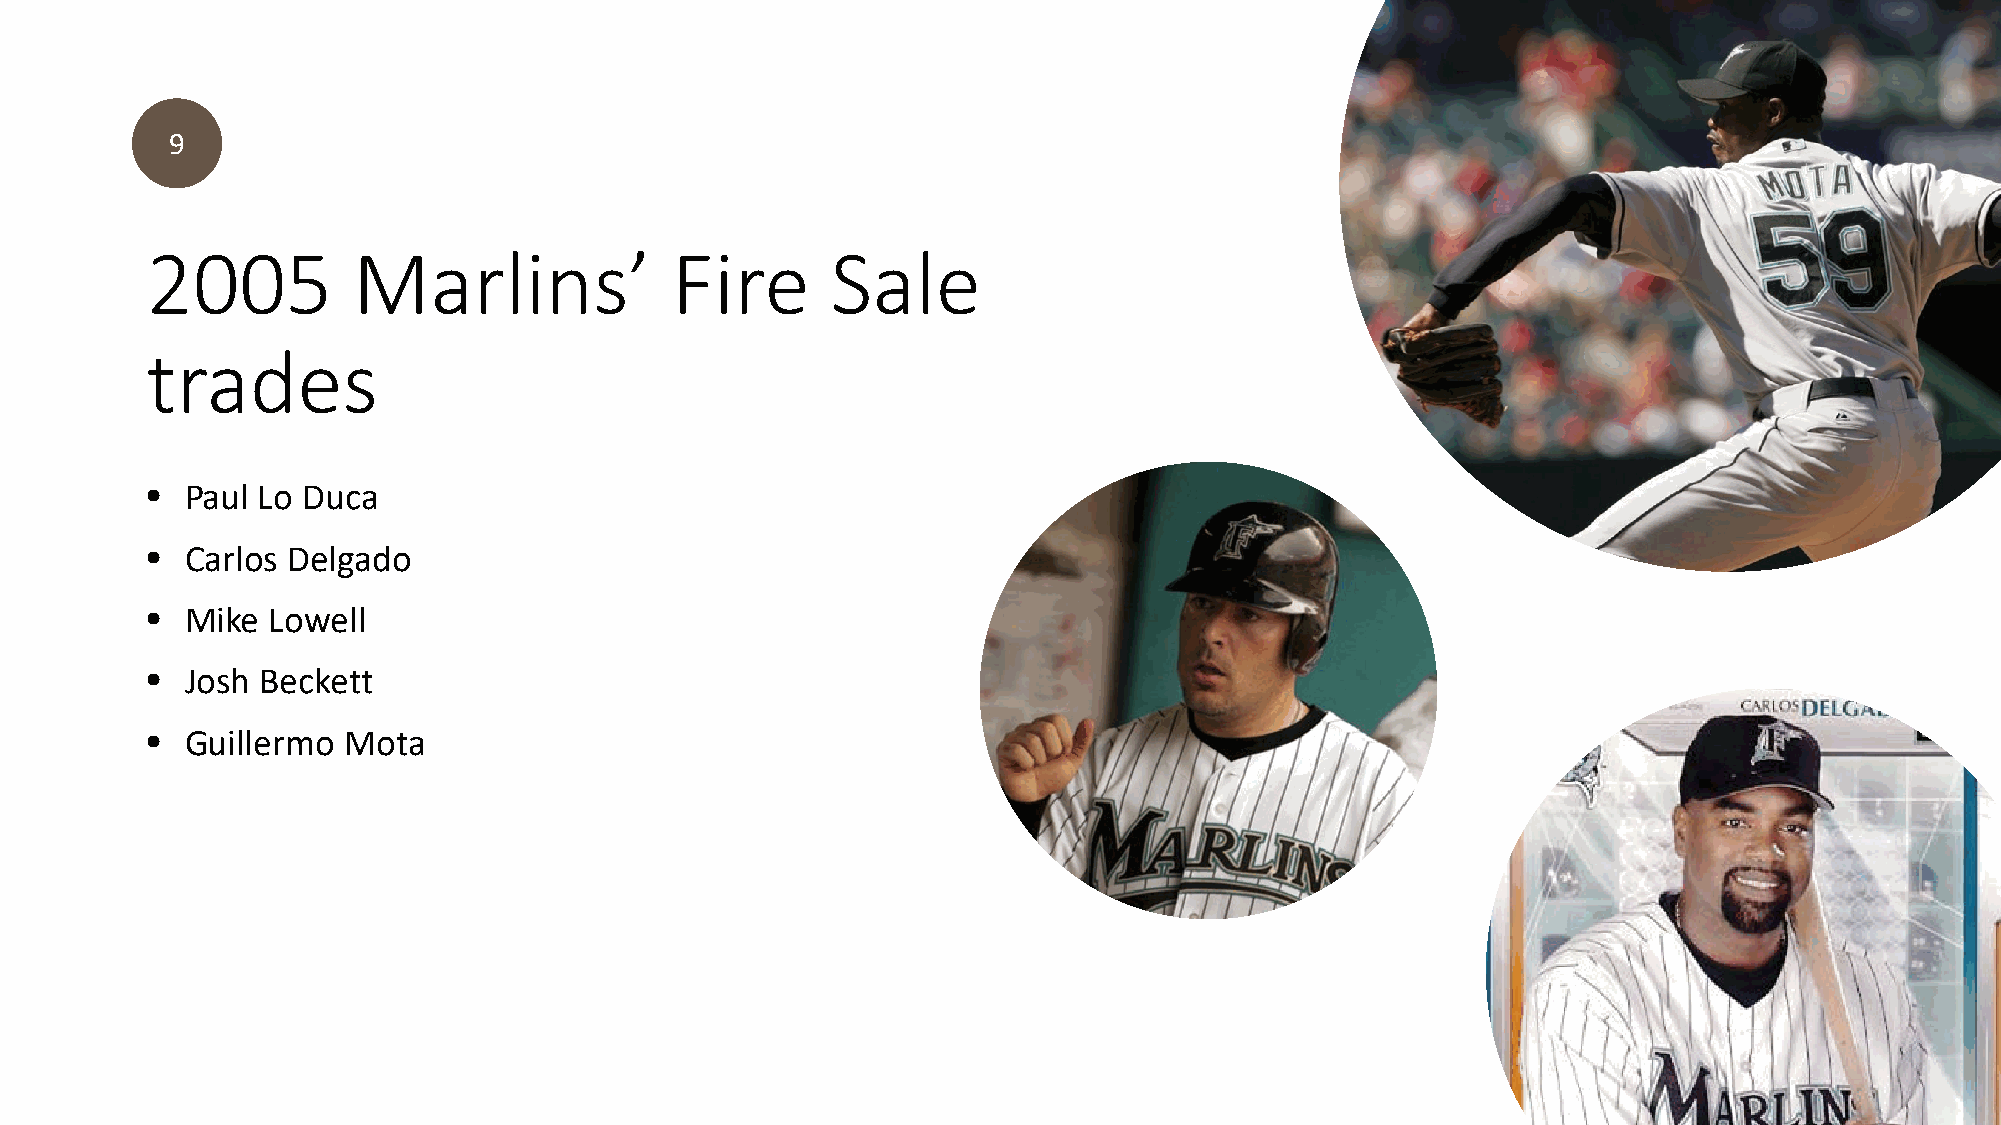
9
 2005         Marlins’             Fire       Sale
 trades
 • Paul Lo Duca
 • Carlos Delgado
 • Mike  Lowell
 • Josh Beckett
 • Guillermo  Mota